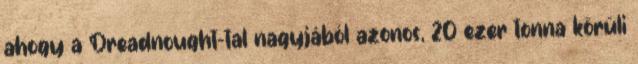
ahogy a Dreadnought-tal nagyjából azonos, 20 ezer tonna körüli